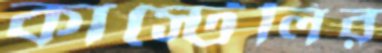
কাস্টেলির